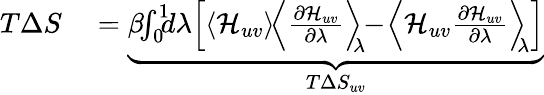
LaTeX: \begin{array}{rl}{T\Delta S}&{{}=\underbrace{\beta\! \! \int_{0}^{1}\! \! \! d\lambda\! \left[\langle\mathcal{H}_{uv}\rangle\! \left\langle\frac{\partial\mathcal{H}_{uv}}{\partial\lambda}\right\rangle_{\! \! \lambda}\! \! -\! \left\langle\mathcal{H}_{uv}\frac{\partial\mathcal{H}_{uv}}{\partial\lambda}\right\rangle_{\! \! \lambda}\right]}_{T\Delta S_{uv}}}\end{array}